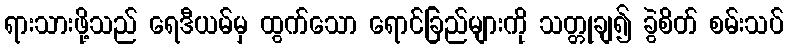
ရားသားဖို့သည် ရေဒီယမ်မှ ထွက်သော ရောင်ခြည်များကို သတ္တုချ၍ ခွဲစိတ် စမ်းသပ်